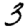
Digit: 3